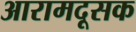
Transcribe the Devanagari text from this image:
आरामदूसक